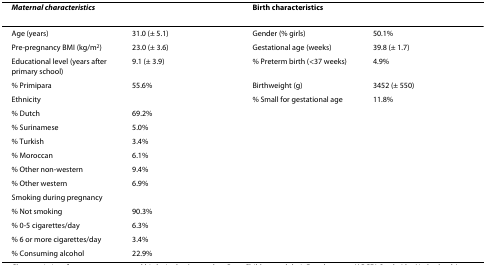
<table><thead><tr><td colspan="2"><b><i>Maternal characteristics</i></b></td><td colspan="2"><b>Birth characteristics</b></td></tr></thead><tbody><tr><td>Age (years)</td><td>31.0 (± 5.1)</td><td>Gender (% girls)</td><td>50.1%</td></tr><tr><td>Pre-pregnancy BMI (kg/m<sup>2</sup>)</td><td>23.0 (± 3.6)</td><td>Gestational age (weeks)</td><td>39.8 (± 1.7)</td></tr><tr><td>Educational level (years after primary school)</td><td>9.1 (± 3.9)</td><td>% Preterm birth (&lt;37 weeks)</td><td>4.9%</td></tr><tr><td>% Primipara</td><td>55.6%</td><td>Birthweight (g)</td><td>3452 (± 550)</td></tr><tr><td>Ethnicity</td><td></td><td>% Small for gestational age</td><td>11.8%</td></tr><tr><td>% Dutch</td><td>69.2%</td><td></td><td></td></tr><tr><td>% Surinamese</td><td>5.0%</td><td></td><td></td></tr><tr><td>% Turkish</td><td>3.4%</td><td></td><td></td></tr><tr><td>% Moroccan</td><td>6.1%</td><td></td><td></td></tr><tr><td>% Other non-western</td><td>9.4%</td><td></td><td></td></tr><tr><td>% Other western</td><td>6.9%</td><td></td><td></td></tr><tr><td>Smoking during pregnancy</td><td></td><td></td><td></td></tr><tr><td>% Not smoking</td><td>90.3%</td><td></td><td></td></tr><tr><td>% 0-5 cigarettes/day</td><td>6.3%</td><td></td><td></td></tr><tr><td>% 6 or more cigarettes/day</td><td>3.4%</td><td></td><td></td></tr><tr><td>% Consuming alcohol</td><td>22.9%</td><td></td><td></td></tr></tbody></table>